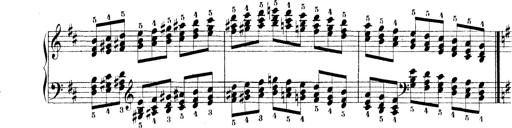
Title: Technische Studien
Composer: Franz Liszt